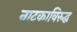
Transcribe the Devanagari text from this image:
नाटकाविरुद्ध